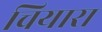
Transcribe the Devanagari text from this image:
चियारा